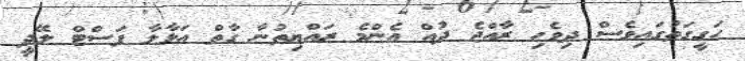
ހަގީގަތުގައިވެސް ދިވެހި ރާއްޖެ ދުއް އެންމެ ރައްޔިތުނާ ގާތް އަޅާލާ ފަސްޓް ލޭދީ